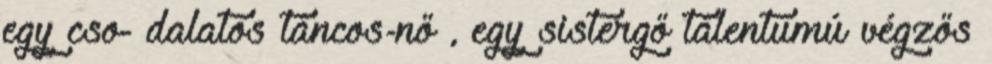
egy cso- dalatos táncos-nő , egy sistergő tálentumú végzős